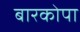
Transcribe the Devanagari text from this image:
बारकोपा